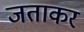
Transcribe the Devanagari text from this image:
जताकर